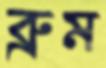
ব্রুম